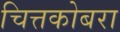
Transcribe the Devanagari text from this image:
चित्तकोबरा